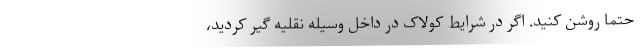
حتماً روشن کنید. اگر در شرایط کولاک در داخل وسیله نقلیه گیر کردید،